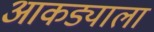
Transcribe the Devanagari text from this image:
आकड्याला